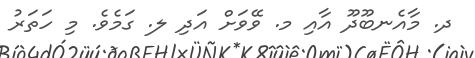
ދ. މާއެނބޫދޫ އާއި މ. ވޭވަށް އަދި ލ. ގަމެވެ. މި ހަތަރު